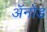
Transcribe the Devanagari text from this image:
अॅनोड